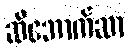
ဆီဘောက်ဆာ